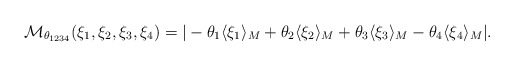
\begin{align*}\mathcal M_{\theta_{1234}}(\xi_1,\xi_2,\xi_3,\xi_4)=| -\theta_1\langle\xi_1\rangle_M+\theta_2\langle\xi_2\rangle_M+\theta_3\langle\xi_3\rangle_M-\theta_4\langle\xi_4\rangle_M |.\end{align*}